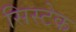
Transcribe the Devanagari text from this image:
सिस्टेक